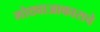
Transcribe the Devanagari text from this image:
मोठ्याआकाराचे